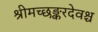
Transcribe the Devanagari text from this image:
श्रीमच्छङ्करदेवश्च